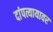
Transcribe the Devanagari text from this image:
दांपत्यायावर